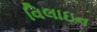
વિલાઇન